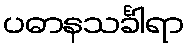
ပဓာနသင်္ခါရာ